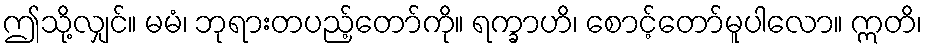
ဤသို့လျှင်။ မမံ၊ ဘုရားတပည့်တော်ကို။ ရက္ခာဟိ၊ စောင့်တော်မူပါလော။ ဣတိ၊